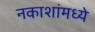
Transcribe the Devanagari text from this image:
नकाशांमध्ये